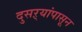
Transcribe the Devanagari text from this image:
दुसऱ्यांपासून